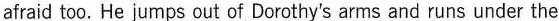
afraid too. He iumps out of Dorothy's arms and runs under the